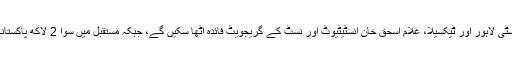
پی ای سی کی جانب سے جاری بیان میں کہا گیا کہ پہلے مرحلے میں انجینئرنگ یونیورسٹی لاہور اور ٹیکسیلا، غلام اسحٰق خان انسٹیٹیوٹ اور نَسٹ کے گریجویٹ فائدہ اٹھا سکیں گے، جبکہ مستقبل میں سوا 2 لاکھ پاکستانی انجینئروں کے لیے امریکا اور یورپ میں اعلیٰ تعلیم اور نوکری تک رسائی آسان ہوگی۔